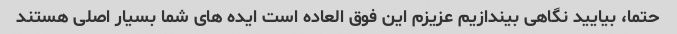
حتما، بیایید نگاهی بیندازیم عزیزم این فوق العاده است ایده های شما بسیار اصلی هستند